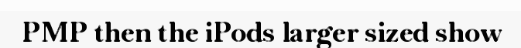
PMP then the iPods larger sized show